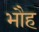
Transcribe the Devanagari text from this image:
भौह